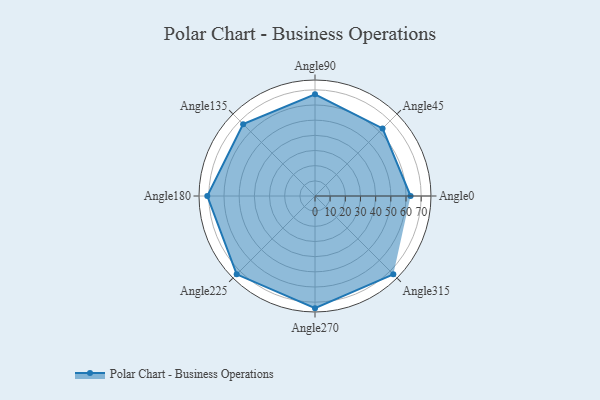
{"axis": {"x": "Angle", "y": "Radius"}, "legend": [""], "data": [{"x": "Angle0", "y": 63.0, "type": ""}, {"x": "Angle45", "y": 63.0, "type": ""}, {"x": "Angle90", "y": 67.0, "type": ""}, {"x": "Angle135", "y": 67.0, "type": ""}, {"x": "Angle180", "y": 71.0, "type": ""}, {"x": "Angle225", "y": 73.0, "type": ""}, {"x": "Angle270", "y": 74.0, "type": ""}, {"x": "Angle315", "y": 73.0, "type": ""}]}